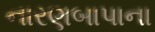
નારણબાપાના